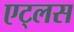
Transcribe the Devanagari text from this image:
एट्लस